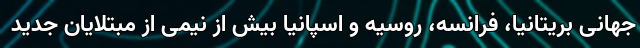
جهانی بریتانیا، فرانسه، روسیه و اسپانیا بیش از نیمی از مبتلایان جدید